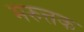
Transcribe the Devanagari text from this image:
मरुत्तक